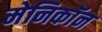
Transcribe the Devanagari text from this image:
मेनिकॉन